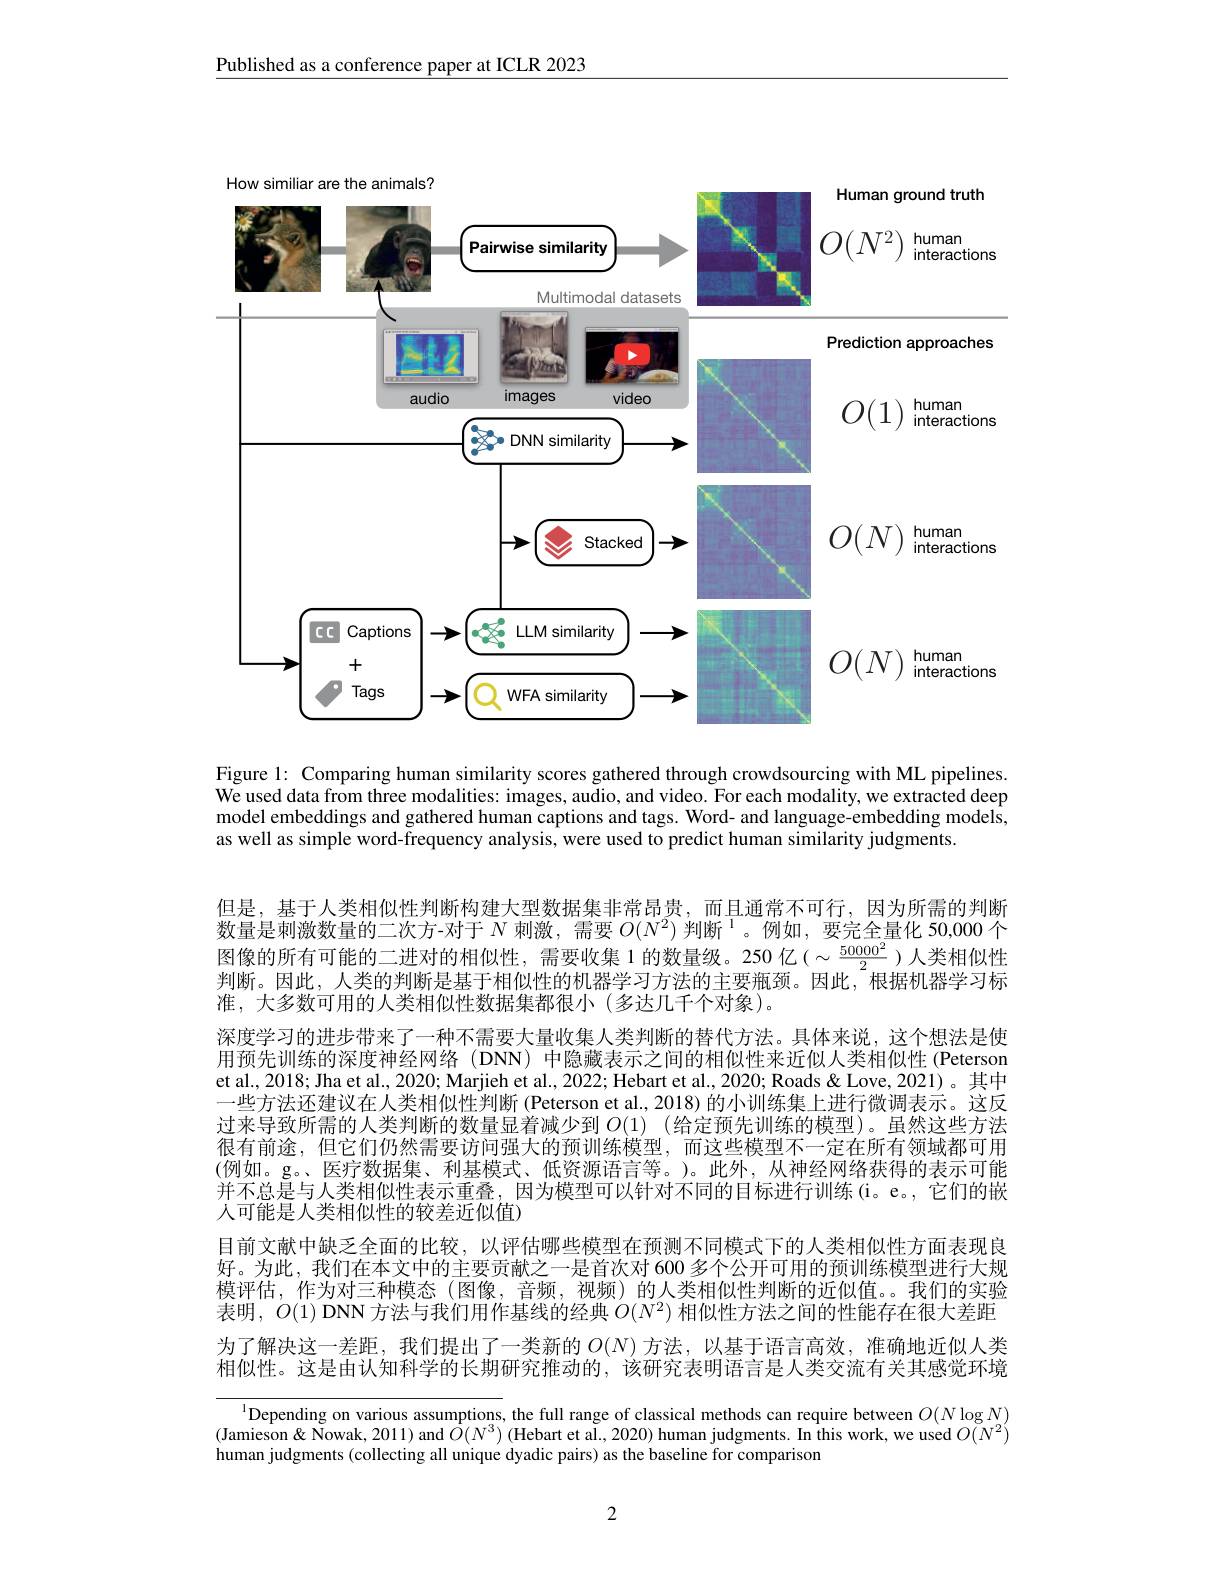
Published as a conference paper at ICLR 2023

<FigureHere>

Figure l: Comparing human similarity scores gathered through crowdsourcing with ML pipelines. $\tilde{\text{We used data from three modalities: images, audio, and video. For each modality, we extracted deep}}$ model embeddings and gathered human captions and tags. Word- and language-embedding models, as well as simple word-frequency analysis, were used to predict human similarity judgments.

但是，基于人类相似性判断构建大型数据集非常昂贵，而且通常不可行，因为所需的判断数量是刺激数量的二次方-对于$N$ 刺 激 , 需 要 $O( N^2) \text{ 判 断 }^1$。例如，要完全量化 50,000 个图像的所有可能的二进对的相似性，需要收集 1 的数量级。250 亿($\sim\frac{50000^2}2$)人类相似性判断。因此，人类的判断是基于相似性的机器学习方法的主要瓶颈。因此，根据机器学习标准，大多数可用的人类相似性数据集都很小(多达几千个对象)。
深度学习的进步带来了一种不需要大量收集人类判断的替代方法。具体来说，这个想法是使用预先训练的深度神经网络 (DNN) 中隐藏表示之间的相似性来近似人类相似性 (Peterson et al., 2018; Jha et al., 2020; Marjieh et al., 2022; Hebart et al., 2020; Roads & Love, 2021)。其中一些方法还建议在人类相似性判断 (Peterson et al., 2018) 的小训练集上进行微调表示。这反过来导致所需的人类判断的数量显着减少到 $O( 1)$ (给定预先训练的模型)。虽然这些方法很有前途，但它们仍然需要访问强大的预训练模型，而这些模型不一定在所有领域都可用(例如。g。、医疗数据集、利基模式、低资源语言等。)。此外，从神经网络获得的表示可能并不总是与人类相似性表示重叠，因为模型可以针对不同的目标进行训练(i。e。,它们的嵌人可能是人类相似性的较差近似值)
目前文献中缺乏全面的比较，以评估哪些模型在预测不同模式下的人类相似性方面表现良好。为此，我们在本文中的主要贡献之一是首次对 600多个公开可用的预训练模型进行大规模评估，作为对三种模态(图像，音频，视频)的人类相似性判断的近似值。。我们的实验表明，$O(1)$ DNN 方法与我们用作基线的经典$O(N^2)$相似性方法之间的性能存在很大差距为了解决这一差距，我们提出了一类新的$O(N)$方法，以基于语言高效，准确地近似人类相似性。这是由认知科学的长期研究推动的，该研究表明语言是人类交流有关其感觉环境

$\begin{aligned}\text{Depending on various assumptions, the full range of classical methods can require between }O(N\log N)\\\text{(Jamieson }\&\text{Nowak,2011) and }O(N^{3})&\text{(Hebart et al.2020) human judgments.In this work, we used }O(N^{2})\end{aligned}$
human judgments (collecting all unique dyadic pairs) as the baseline for comparison

2